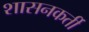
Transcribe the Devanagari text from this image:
शासनकर्ती